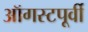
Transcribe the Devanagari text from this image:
ऑगस्टपूर्वी